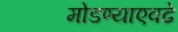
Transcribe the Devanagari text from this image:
मोडण्याएवढे